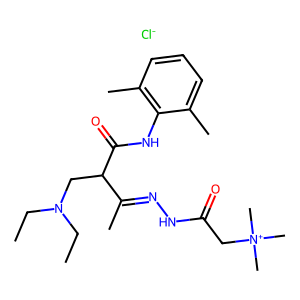
SMILES: CCN(CC)CC(C(=O)Nc1c(C)cccc1C)C(C)=NNC(=O)C[N+](C)(C)C.[Cl-]
Inhibits HIV replication: No